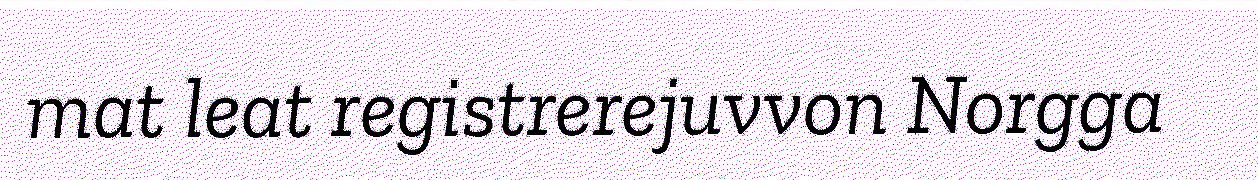
mat leat registrerejuvvon Norgga